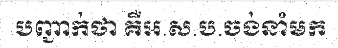
បញ្ជាក់ថា គឺអ.ស.ប.ចង់នាំមក